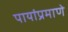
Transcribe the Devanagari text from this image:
पायांप्रमाणे